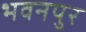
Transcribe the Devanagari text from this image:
भवनपुर